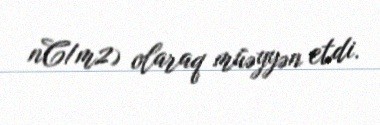
nC/m2) olaraq müəyyən etdi.